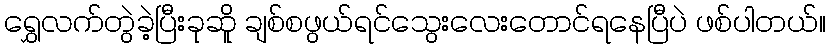
ရွှေလက်တွဲခဲ့ပြီးခုဆိူ ချစ်စဖွယ်ရင်သွေးလေးတောင်ရနေပြီပဲ ဖစ်ပါတယ်။